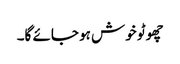
چھوٹو خوش ہو جائے گا۔